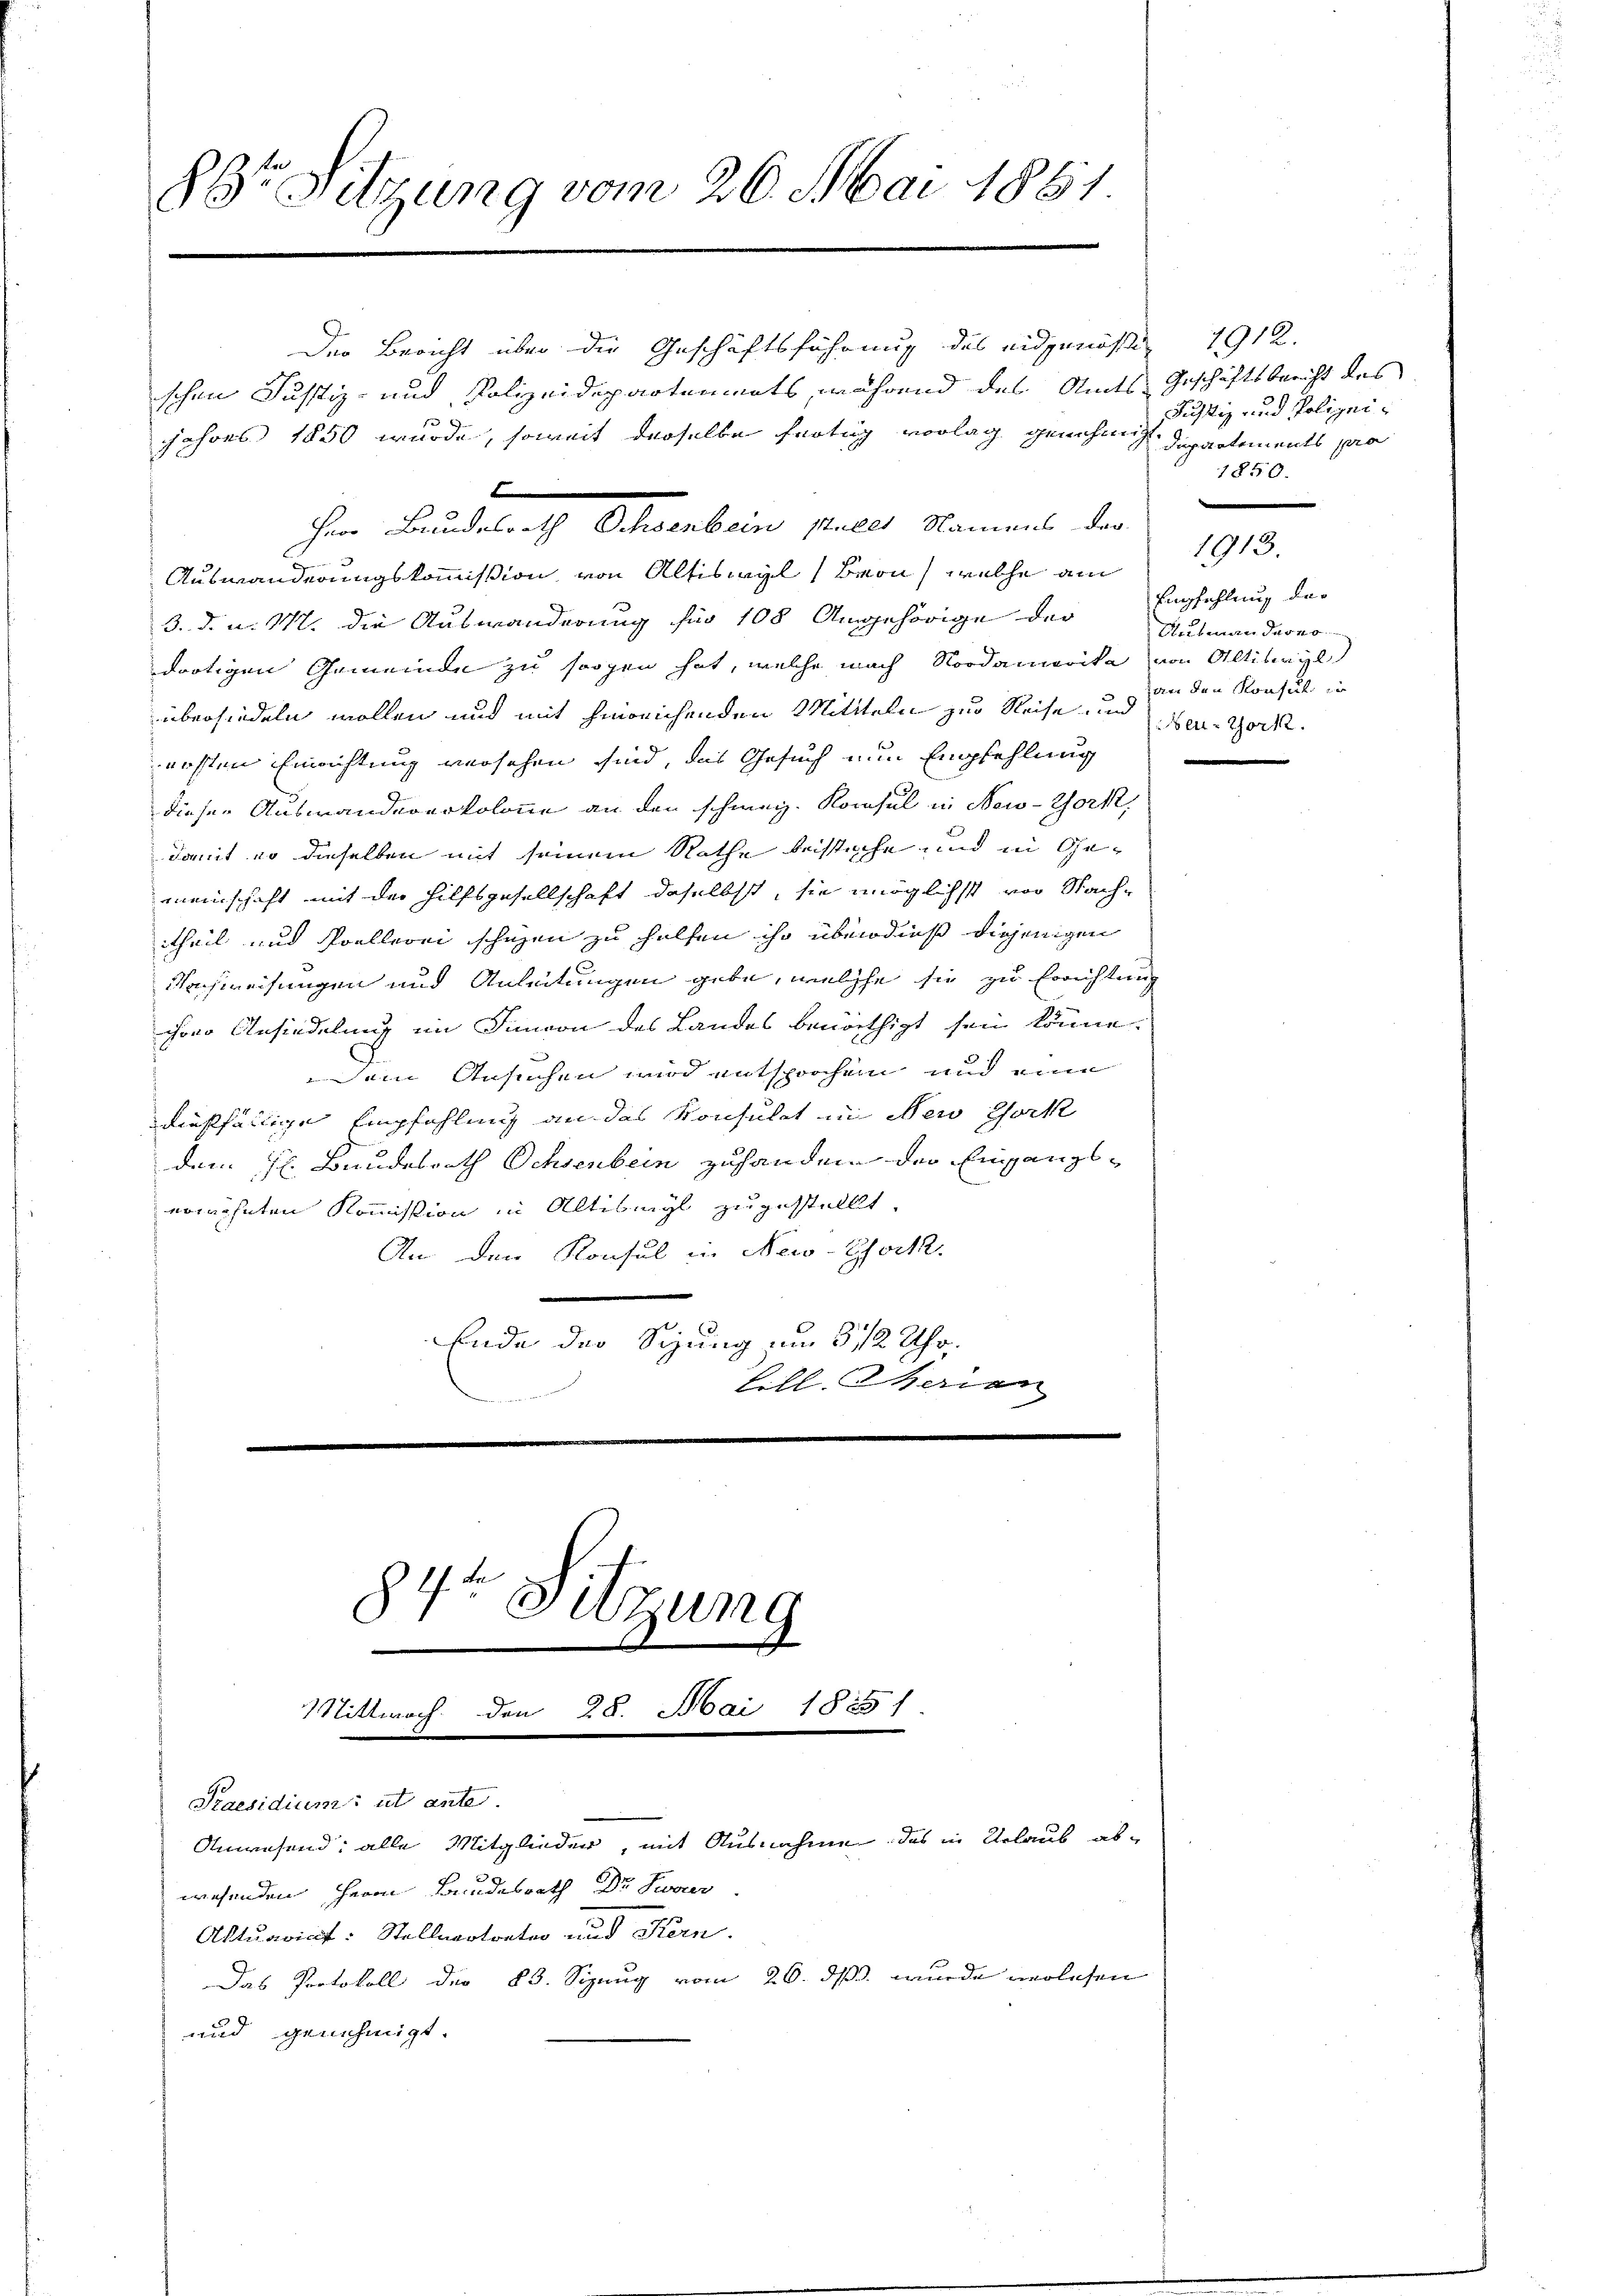
86r Sitzung vom 26. Mai 1861.

Der Bericht über die Geschäftsführung des eidgenößi 1912.
schen Justiz- und Polizeidepartements, während des Amts Geschäftsbericht des

jahres 1850 wurde, soweit derselbe fertig vorlag genehmige Departements pro
2

Auswanderungskommission von Altiswyl (Beon, welche am
3. d. d. M. die Auswanderung für 108 Angehörige der Empfehlung der
dortigen Gemeinde zu sorgen hat, welche nach Nordamerika von Altilirgl
übersiedeln wollen und mit hinreichenden Mitteln zur Reise und der Gork.
rosten Einrichtung versehen sind, das Gesuch nun Empfehlung
diesen Auswandererkolone an den schweiz. Konsul in New-York,
damit er dieselben mit seinem Rathe bestiche und in Gemeinschaft mit der Hilfsgesellschaft daselbst, sie möglichst von Nach-
theil und Poellerei schuzen zu helfen ihr überdieß diejenigen
Nachweisungen und Anleitungen gebe, welche sie zu Errichtung
chon Ansiedelung im Innvon des Landes benöthigt sein könne.
ain Ansuchen wird entsprochen und eine
dießfällige Empfehlung an das Konsulat in New York
dem H. Bundesrath Ochsenbein zuhanden der Eingangs-
erwöhnten Kommission in Altismyl zugestellt.
An den Konsul in New-York,
.
Ende der Sitzung im § 12 Uhr.
bill Therien

Herr Bundesrath Ochsenbein stellt Namens das

84te Sitzun
Mittwoch. Den 28. Mai 1855 f.
Praesidium ut ante.

Anwesend; alle Mitglieder, mit Ausnahme das in Urlaub abwesenden Herrn Bundesrath Dr. Sweier
Aktuariat: Stellvertreter und Kern.
Das Protokoll der 83. Sizung vom 26. ds. wurde verlesen
und genehmigt.

süchtig und Polizei¬
1850.

Autmann darno.
an den Konsul in

1913.